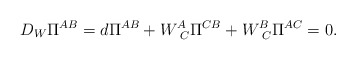
\begin{align*}D_{W}\Pi ^{AB}=d\Pi ^{AB}+W_{\,\;C}^{A}\Pi ^{CB}+W_{\,\; C}^{B}\Pi ^{AC}=0.\end{align*}